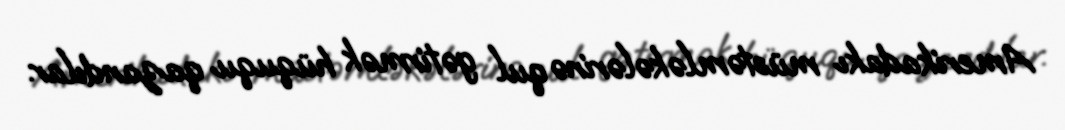
Amerikadakı müstəmləkələrinə qul gətirmək hüququ qazandılar.